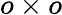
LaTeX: o\times o